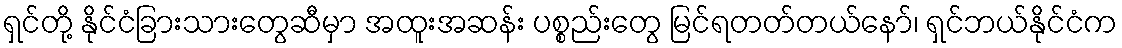
ရှင်တို့ နိုင်ငံခြားသားတွေဆီမှာ အထူးအဆန်း ပစ္စည်းတွေ မြင်ရတတ်တယ်နော်၊ ရှင်ဘယ်နိုင်ငံက